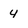
Character: 4